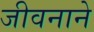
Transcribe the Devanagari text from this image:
जीवनाने